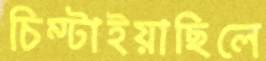
চিম্‌টাইয়াছিলে